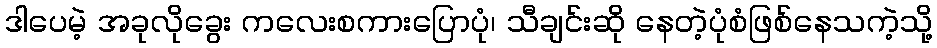
ဒါပေမဲ့ အခုလိုခွေး ကလေးစကားပြောပုံ၊ သီချင်းဆို နေတဲ့ပုံစံဖြစ်နေသကဲ့သို့